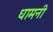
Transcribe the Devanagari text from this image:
धामनी